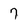
Character: 7